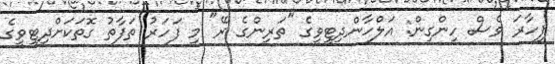
ފިހާރަ ވެސް ހިންގިން: އަލްހާންދިޓީވީގެ "ތަރިންގެ ރޭ" މި ފަހަރު ތަފާތު ގޮތަކަށްދިޓީވީގެ